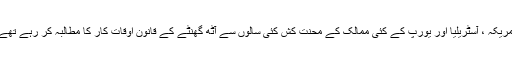
امریکہ ، آسٹریلیا اور یورپ کے کئی ممالک کے محنت کش کئی سالوں سے آٹھ گھنٹے کے قانون اوقات کار کا مطالبہ کر رہے تھے۔